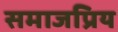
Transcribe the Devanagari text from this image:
समाजप्रिय